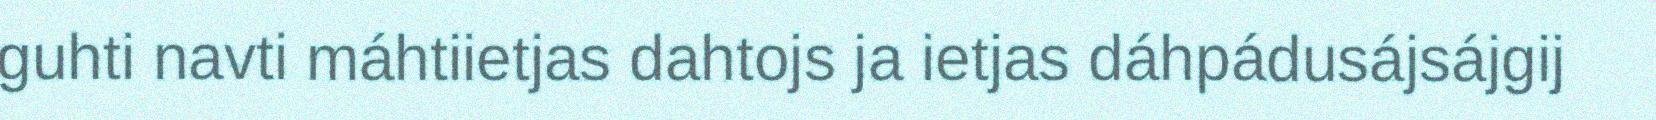
guhti navti máhtiietjas dahtojs ja ietjas dáhpádusájsájgij